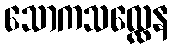
သောကသလ္လေန